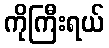
ကိုကြီးရယ်